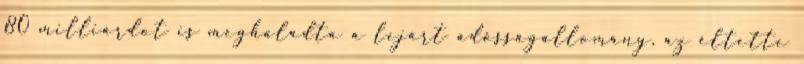
80 milliárdot is meghaladta a lejárt adósságállomány, az éltette